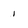
Character: 1